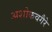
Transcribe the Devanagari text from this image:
अशोकवगैरे